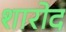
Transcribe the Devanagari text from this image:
शारोद